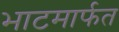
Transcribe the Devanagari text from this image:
भाटमार्फत